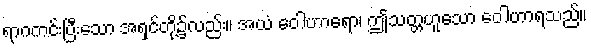
ရာဂကင်းပြီးသော အရှင်တို့၌လည်း။ အယံ ဝေါဟာရော၊ ဤသတ္တဟူသော ဝေါဟာရသည်။